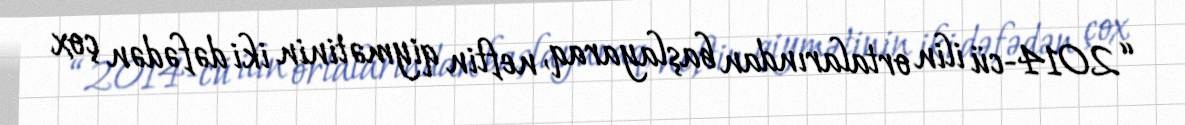
“2014-cü ilin ortalarından başlayaraq, neftin qiymətinin iki dəfədən çox